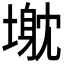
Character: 𱗰